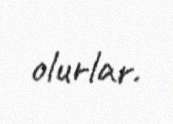
olurlar.